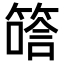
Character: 𥱟